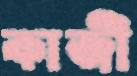
কাজী